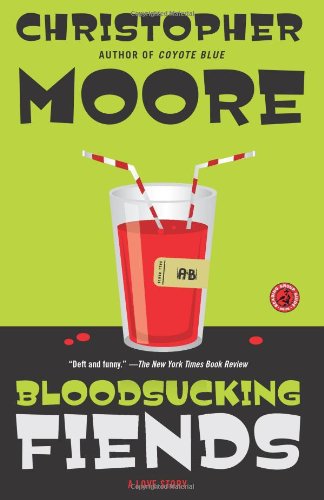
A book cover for Bloodsucking Fiends: A Love Story; Christopher Moore; Science Fiction & Fantasy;